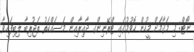
ނޯޓް: މި މަޤާމަށް މީހުން ހޮވުމުގައި ޓްރޭނިންގ ދާއިރާއިން މަސައްކަތު ތަޖުރިބާ ލިބިފައިވާ